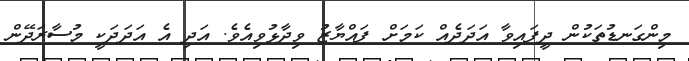
މިންގަނޑުތަކުން ދީފައިވާ އަދަދެއް ކަމަށް ފައްޔާޒު ވިދާޅުވިއެވެ. އަދި އެ އަދަދަކީ މުސާރަދޭން